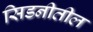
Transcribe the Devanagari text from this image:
सिडनीतील